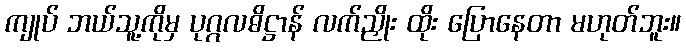
ကျုပ် ဘယ်သူ့ကိုမှ ပုဂ္ဂလဓိဋ္ဌာန် လက်ညှိုး ထိုး ပြောနေတာ မဟုတ်ဘူး။